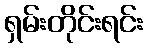
ရှမ်းတိုင်းရင်း